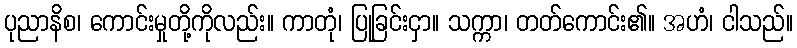
ပုညာနိစ၊ ကောင်းမှုတို့ကိုလည်း။ ကာတုံ၊ ပြုခြင်းငှာ။ သက္ကာ၊ တတ်ကောင်း၏။ အဟံ၊ ငါသည်။